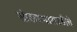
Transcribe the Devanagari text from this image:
खेळण्यासाठीचे